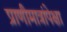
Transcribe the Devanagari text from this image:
प्राणीमात्रांपेक्षा